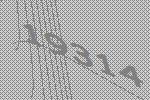
19314